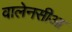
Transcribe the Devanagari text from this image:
वालेनसीआ